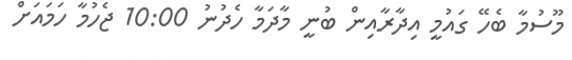
މޫސުމާ ބެހޭ ގައުމީ އިދާރާއިން ބުނީ މާދަމާ ހެދުނު 10:00 ޖެހުމާ ހަމައަށް